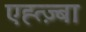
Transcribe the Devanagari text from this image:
एह्त्ज़्बा